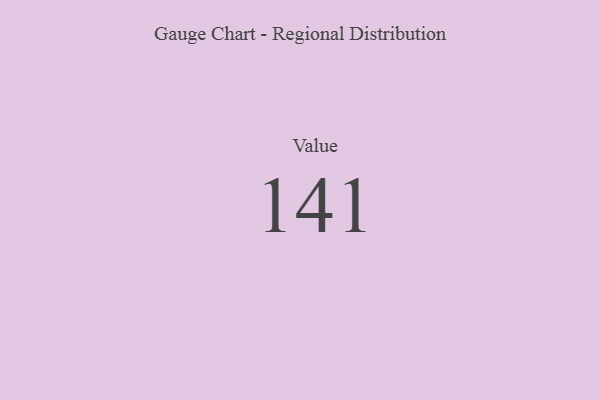
{"axis": {"x": "Metric", "y": "Value"}, "legend": [""], "data": [{"x": "Value", "y": 141, "type": ""}]}